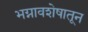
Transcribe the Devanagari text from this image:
भग्नावशेषातून